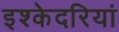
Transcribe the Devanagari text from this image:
इश्केदरियां